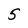
Character: 5